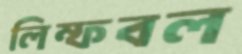
লিম্ফবল